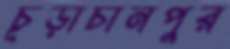
চূড়াচানপুর